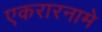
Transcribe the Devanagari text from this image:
एकरारनामे